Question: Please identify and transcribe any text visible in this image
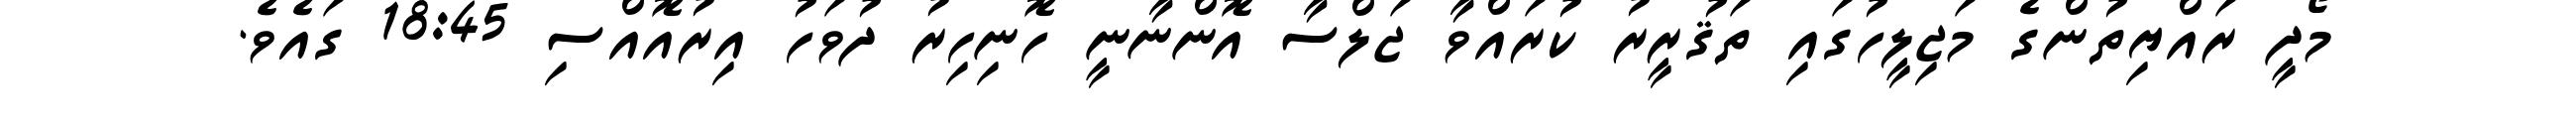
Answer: މޯދީ ރައްޔިތުންގެ މަޖިލީހުގައި ތަޤުރީރު ކުރައްވާ ޖަލްސާ އޮންނާނީ ހޮނިހިރު ދުވަހު އިރުއޮއްސި 18:45 ގައެވެ.